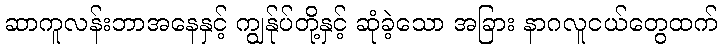
ဆာကူလန်းဘာအနေနှင့် ကျွန်ုပ်တို့နှင့် ဆုံခဲ့သော အခြား နာဂလူငယ်တွေထက်